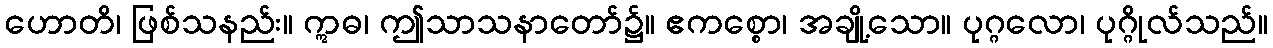
ဟောတိ၊ ဖြစ်သနည်း။ ဣဓ၊ ဤသာသနာတော်၌။ ဧကစ္စော၊ အချို့သော။ ပုဂ္ဂလော၊ ပုဂ္ဂိုလ်သည်။